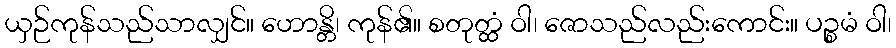
ယှဉ်ကုန်သည်သာလျှင်။ ဟောန္တိ၊ ကုန်၏။ စတုတ္ထံ ဝါ၊ ဇောသည်လည်းကောင်း။ ပဉ္စမံ ဝါ၊